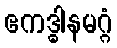
ဧကဒ္ဓါနမဂ္ဂံ